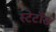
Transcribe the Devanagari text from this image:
स्टेटॉस